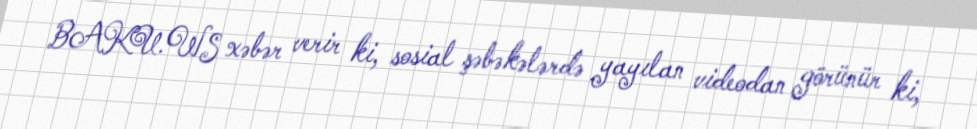
BAKU.WS xəbər verir ki, sosial şəbəkələrdə yayılan videodan görünür ki,